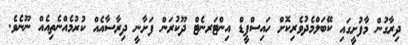
ދިރާގުން މާފުށީގައި ކޭބަލްމެދުވެރިކޮށް ހައިސްޕީޑް އިންޓަރނެޓް ދޫކުރަން ފަށާނީ ދިރާސާއެއް ކުރުމެއްނެތިއެއް ނޫނެވެ.